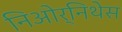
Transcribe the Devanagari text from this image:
निओर्निथेस